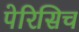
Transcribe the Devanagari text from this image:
पेरिसिच